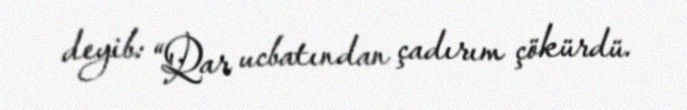
deyib: “Qar ucbatından çadırım çökürdü.